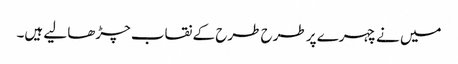
میں نے چہرے پر طرح طرح کے نقاب چڑھا لیے ہیں۔